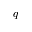
q